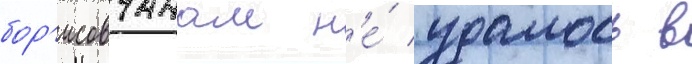
бор'исовчанам н'е́ удалось в